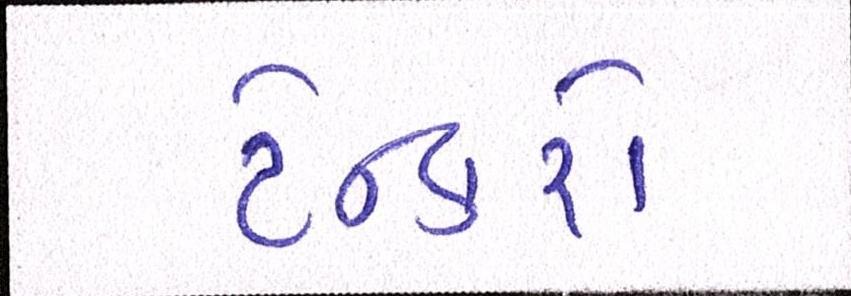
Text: ટેન્કરો